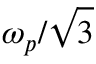
\omega _ { p } / \sqrt { 3 }